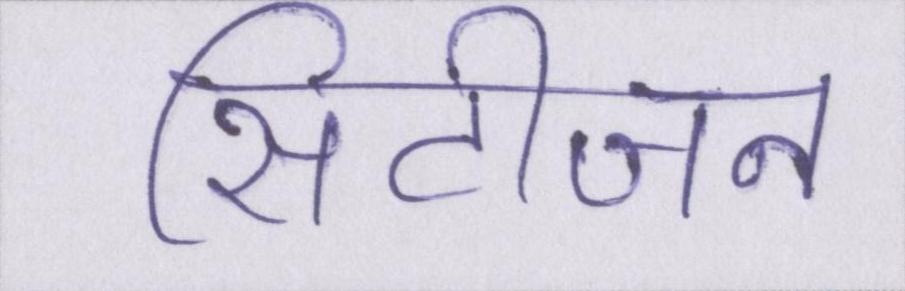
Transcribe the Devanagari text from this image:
सिटीजन